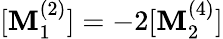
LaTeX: [\mathbf{M}_{1}^{(2)}]=-2[\mathbf{M}_{2}^{(4)}]